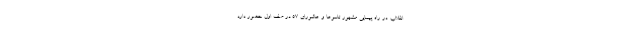
انقلاب. در راه پیمایی مشهور تاسوعا و عاشورای 57 در صف اول حضور دارد.